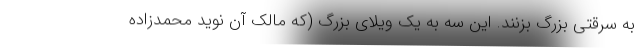
به سرقتی بزرگ بزنند. این سه به یک ویلای بزرگ (که مالک آن نوید محمدزاده